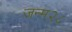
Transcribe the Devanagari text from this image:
जन्म२८